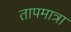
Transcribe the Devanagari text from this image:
तापमात्रा